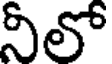
నీలో